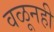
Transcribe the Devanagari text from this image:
वळूनही